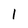
Character: 1